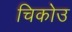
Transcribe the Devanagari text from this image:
चिकोउ